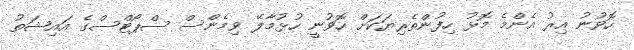
ހޮވުނު އިރު އެންމެ މޮޅު ހިފުންތެރިޔަކަށް ހޮވުނީ ހުޅުމާލޭ ވިމެންސް ސްޕޯޓްސްގެ އައިޝަތު